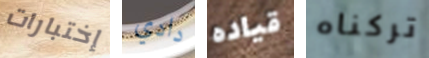
إختبارات دادي قياده تركناه